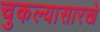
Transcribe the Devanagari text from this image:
चुकल्यासारखे